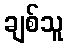
ချစ်သူ